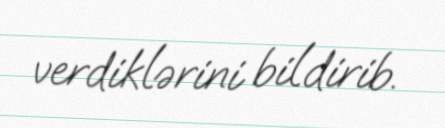
verdiklərini bildirib.